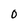
Character: 0